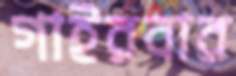
গাইরবার